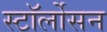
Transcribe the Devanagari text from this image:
स्टॉर्लोसन